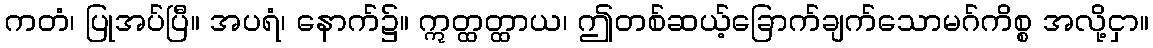
ကတံ၊ ပြုအပ်ပြီ။ အပရံ၊ နောက်၌။ ဣတ္ထတ္ထာယ၊ ဤတစ်ဆယ့်ခြောက်ချက်သောမဂ်ကိစ္စ အလို့ငှာ။